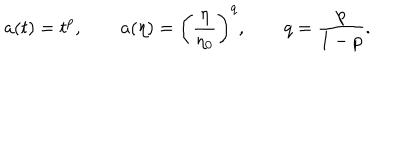
a ( t ) = t ^ { p } , \qquad a ( \eta ) = \left( \frac { \eta } { \eta _ { 0 } } \right) ^ { q } , \qquad q = \frac { p } { 1 - p } .